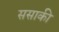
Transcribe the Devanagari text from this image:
ससाकी